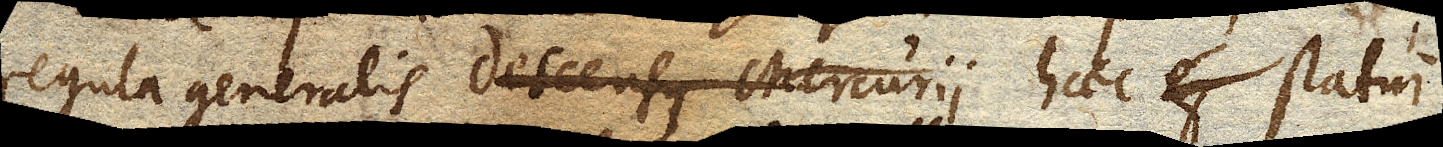
regula generalis descensus Mercurii haec statui